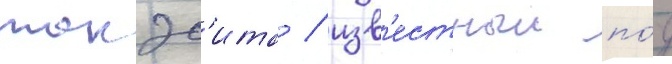
такэс'ита / изв'естныи по́д